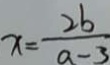
x = \frac { 2 b } { a - 3 }